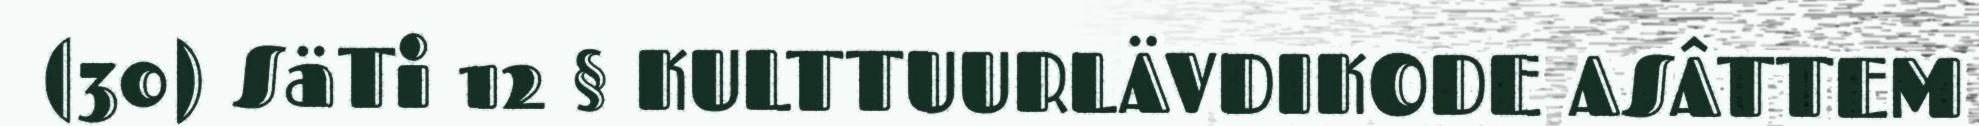
(30) SäTi 12 § KULTTUURLÄVDIKODE ASÂTTEM